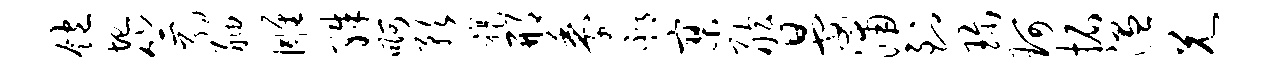
饱圮竺约舳雕殊啊预禳邢黍邳寥舷晏浦到珍珂拓温兄